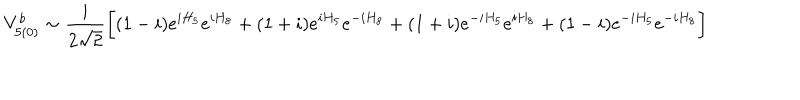
LaTeX: V _ { 5 ( 0 ) } ^ { b } \sim \frac { i } { 2 \sqrt { 2 } } \biggl [ ( 1 - i ) e ^ { i H _ { 5 } } e ^ { i H _ { 8 } } + ( 1 + i ) e ^ { i H _ { 5 } } e ^ { - i H _ { 8 } } + ( 1 + i ) e ^ { - i H _ { 5 } } e ^ { i H _ { 8 } } + ( 1 - i ) e ^ { - i H _ { 5 } } e ^ { - i H _ { 8 } } \biggr ]